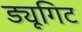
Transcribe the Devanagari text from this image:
ड्यूगिट